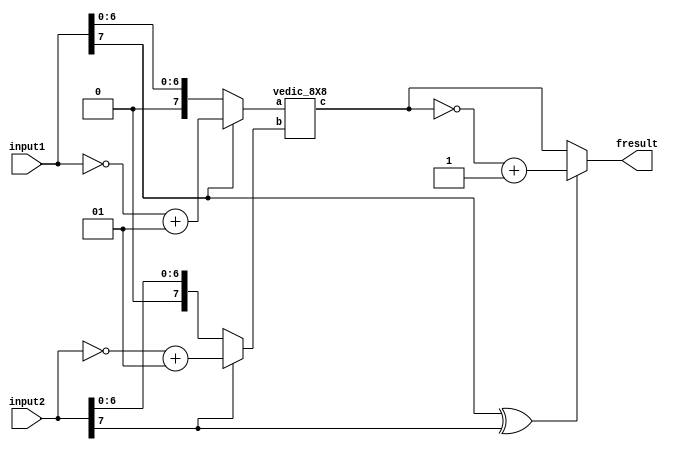
`timescale 1ns / 1ps
module msb_complement(
  input signed [7:0] input1,
  input signed [7:0] input2,
  output reg signed [15:0] fresult
);

wire [7:0] output1, output2;
wire [15:0] multiplier_result;
wire xor_result;

// Check MSB of input1 and complement if necessary
  assign output1 = (input1[7] == 1) ? (~input1 + 1) : input1;

// Check MSB of input2 and complement if necessary
  assign output2 = (input2[7] == 1) ? (~input2 + 1) : input2;

vedic_8X8 multiplier_instance(
.a(output1[7:0]),
.b(output2[7:0]),
.c(multiplier_result[15:0])
);

always @* begin
  if (input1[7] ^ input2[7] == 1) begin
fresult = ~multiplier_result + 1;
end else begin
fresult =  multiplier_result;
end
end

endmodule
module ha(a, b, sum, carry);
input a;
input b;
output sum;
output carry;
assign carry=a&b;
assign sum=a^b;
endmodule

module vedic_2x2(a,b,c);
input [1:0]a;
input [1:0]b;
output [3:0]c;
wire [3:0]c;
wire [3:0]temp;
//s1 for iir
assign c[0]=a[0]&b[0];
assign temp[0]=a[1]&b[0];
assign temp[1]=a[0]&b[1];
assign temp[2]=a[1]&b[1];
//s2 two half adders for iir
ha z1(temp[0],temp[1],c[1],temp[3]);
ha z2(temp[2],temp[3],c[2],c[3]);
endmodule

module half_adder(x,y,s,c);
input x,y;
output s,c;
assign s=x^y;
assign c=x&y;
endmodule


module full_adder(x,y,c_in,s,c_out);
input x,y,c_in;
output s,c_out;
assign s = (x^y) ^ c_in;
assign c_out = (y&c_in)| (x&y) | (x&c_in);
endmodule




module add_4_bit(input1,input2,answer);
parameter N=4;
input [N-1:0] input1,input2;
output [N-1:0] answer;
wire carry_out;
wire [N-1:0] carry;
genvar i;
generate
for(i=0;i<N;i=i+1)
begin: generate_N_bit_Adder
if(i==0)
half_adder f(input1[0],input2[0],answer[0],carry[0]);
else
full_adder f(input1[i],input2[i],carry[i-1],answer[i],carry[i]);
end
assign carry_out = carry[N-1];
endgenerate
endmodule

module add_6_bit(input1,input2,answer);
parameter N=6;
input [N-1:0] input1,input2;
output [N-1:0] answer;
wire carry_out;
wire [N-1:0] carry;
genvar i;
generate
for(i=0;i<N;i=i+1)
begin: generate_N_bit_Adder
if(i==0)
half_adder f(input1[0],input2[0],answer[0],carry[0]);
else
full_adder f(input1[i],input2[i],carry[i-1],answer[i],carry[i]);
end
assign carry_out = carry[N-1];
endgenerate
endmodule

module vedic_4x4(a,b,c);
input [3:0]a;
input [3:0]b;
output [7:0]c;

wire [3:0]q0;
wire [3:0]q1;
wire [3:0]q2;
wire [3:0]q3;
wire [7:0]c;
wire [3:0]temp1;
wire [5:0]temp2;
wire [5:0]temp3;
wire [5:0]temp4;
wire [3:0]q4;
wire [5:0]q5;
wire [5:0]q6;
// 2,2 variables 4 bit multiplier
vedic_2x2 z1(a[1:0],b[1:0],q0[3:0]);
vedic_2x2 z2(a[3:2],b[1:0],q1[3:0]);
vedic_2x2 z3(a[1:0],b[3:2],q2[3:0]);
vedic_2x2 z4(a[3:2],b[3:2],q3[3:0]);
// full adder /stage 1 adders
assign temp1 ={2'b0,q0[3:2]};
add_4_bit z5(q1[3:0],temp1,q4);
assign temp2 ={2'b0,q2[3:0]};
assign temp3 ={q3[3:0],2'b0};
add_6_bit z6(temp2,temp3,q5);
assign temp4={2'b0,q4[3:0]};
// csa output
add_6_bit z7(temp4,q5,q6);
// mac unit output
assign c[1:0]=q0[1:0];
assign c[7:2]=q6[5:0];



endmodule

module add_8_bit(input1,input2,answer);
parameter N=8;
input [N-1:0] input1,input2;
output [N-1:0] answer;
wire carry_out;
wire [N-1:0] carry;
genvar i;
generate
for(i=0;i<N;i=i+1)
begin: generate_N_bit_Adder
if(i==0)
half_adder f(input1[0],input2[0],answer[0],carry[0]);
else
full_adder f(input1[i],input2[i],carry[i-1],answer[i],carry[i]);
end
assign carry_out = carry[N-1];
endgenerate
endmodule

module add_12_bit(input1,input2,answer);
parameter N=12;
input [N-1:0] input1,input2;
output [N-1:0] answer;
wire carry_out;
wire [N-1:0] carry;
genvar i;
generate
for(i=0;i<N;i=i+1)
begin: generate_N_bit_Adder
if(i==0)
half_adder f(input1[0],input2[0],answer[0],carry[0]);
else
full_adder f(input1[i],input2[i],carry[i-1],answer[i],carry[i]);
end
assign carry_out = carry[N-1];
endgenerate
endmodule


module vedic_8X8(a,b,c);

input [7:0]a;
input [7:0]b;
output [15:0]c;

wire [15:0]q0;
wire [15:0]q1;
wire [15:0]q2;
wire [15:0]q3;
wire [15:0]c;
wire [7:0]temp1;
wire [11:0]temp2;
wire [11:0]temp3;
wire [11:0]temp4;
wire [7:0]q4;
wire [11:0]q5;
wire [11:0]q6;
// 4,4 variables to 8bit multiplier
  vedic_4x4 z1(a[3:0],b[3:0],q0[7:0]);
  vedic_4x4 z2(a[7:4],b[3:0],q1[7:0]);
  vedic_4x4 z3(a[3:0],b[7:4],q2[7:0]);
  vedic_4x4 z4(a[7:4],b[7:4],q3[7:0]);

//full adders
assign temp1 ={4'b0,q0[7:4]};
add_8_bit z5(q1[7:0],temp1,q4);
assign temp2 ={4'b0,q2[7:0]};
assign temp3 ={q3[7:0],4'b0};
add_12_bit z6(temp2,temp3,q5);
assign temp4={4'b0,q4[7:0]};
// csa 12 bit adder
add_12_bit z7(temp4,q5,q6);
// csa output
assign c[3:0]=q0[3:0];
assign c[15:4]=q6[11:0];



endmodule
`timescale 1ns / 1ps
module test_vedic_8;

  reg signed [7:0] a;
  reg signed [7:0] b;

  wire signed [15:0] c;

integer i;

// Instantiate the Unit Under Test (UUT)
msb_complement uut (
.input1(a),
.input2(b),
.fresult(c)
);

initial begin


  for (i = 0; i < 10; i = i + 1) begin
a = $random;
b = $random;
 
#30;

$display("%t  a = %d and b = %d c = %d ", $time, a, b, c);
end
end

endmodule